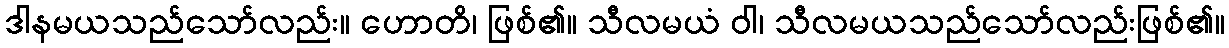
ဒါနမယသည်သော်လည်း။ ဟောတိ၊ ဖြစ်၏။ သီလမယံ ဝါ၊ သီလမယသည်သော်လည်းဖြစ်၏။